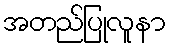
အတည်ပြုလူနာ